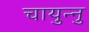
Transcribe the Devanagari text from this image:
चायुन्नु